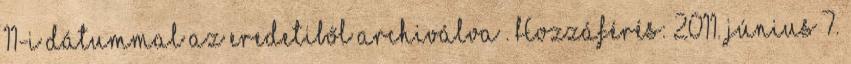
11-i dátummal az eredetiből archiválva . Hozzáférés: 2011. június 7.